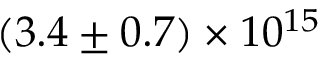
( 3 . 4 \pm 0 . 7 ) \times 1 0 ^ { 1 5 }